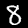
Digit: 8